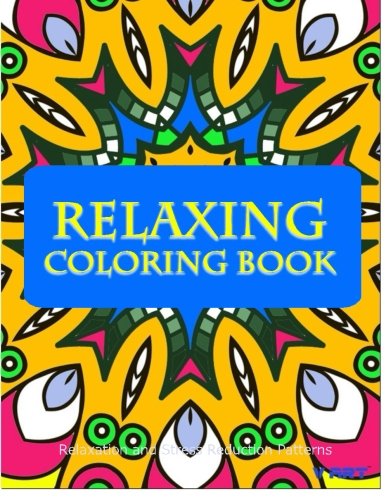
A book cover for Relaxing Coloring Book: Coloring Books for Adults Relaxation : Relaxation & Stress Reduction Patterns (Volume 42); Coloring Books for Adults; Arts & Photography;